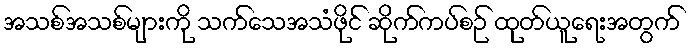
အသစ်အသစ်များကို သက်သေအသံဖိုင် ဆိုက်ကပ်စဉ် ထုတ်ယူရေးအတွက်